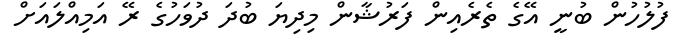
ފުލުހުން ބުނީ އޭގެ ތެރެއިން ފަރުޝާން މިދިޔަ ބުދަ ދުވަހުގެ ރޭ އަމިއްލައަށް